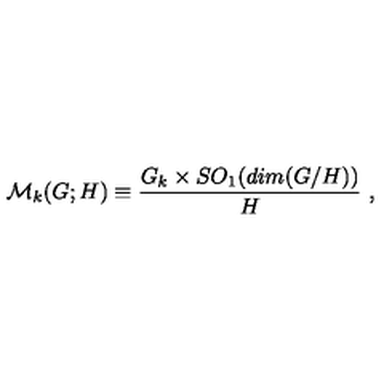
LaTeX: { \cal M } _ { k } ( G ; H ) \equiv { \frac { G _ { k } \times S O _ { 1 } ( d i m ( G / H ) ) } { H } } \ ,